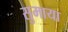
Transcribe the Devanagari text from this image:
सुमाया